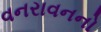
વનરાવનનો